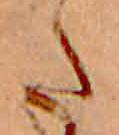
た